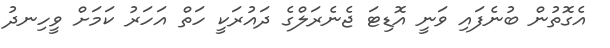
އެގޮތުން ބުނެފައި ވަނީ އޮޑިޓަ ޖެެނެރަލްގެ ދައުރަކީ ހަތް އަހަރު ކަަމަށް ވީހިނދު